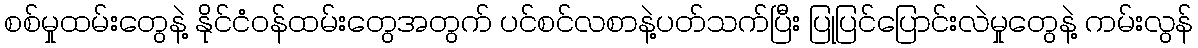
စစ်မှုထမ်းတွေနဲ့ နိုင်ငံဝန်ထမ်းတွေအတွက် ပင်စင်လစာနဲ့ပတ်သက်ပြီး ပြုပြင်ပြောင်းလဲမှုတွေနဲ့ ကမ်းလွန်